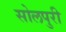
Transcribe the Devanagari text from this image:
सोलपुरी